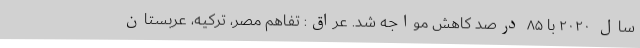
سال ۲۰۲۰ با ۸۵ درصد کاهش مواجه شد. عراق: تفاهم مصر، ترکیه، عربستان